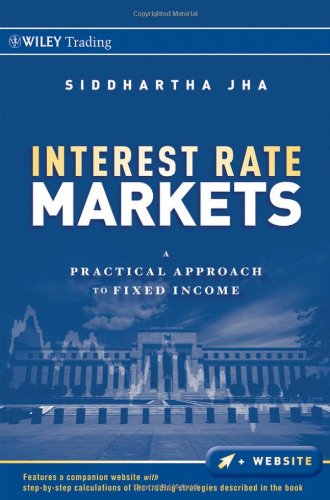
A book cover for Interest Rate Markets: A Practical Approach to Fixed Income; Siddhartha Jha; Business & Money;